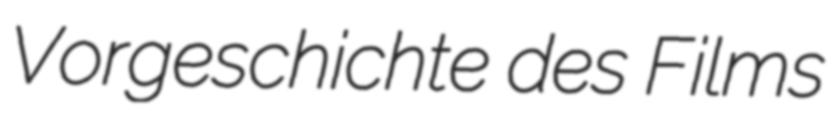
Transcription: Vorgeschichte des Films